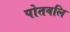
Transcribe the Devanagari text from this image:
पोतवलि